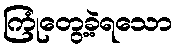
ကြုံတွေ့ခဲ့ရသော